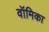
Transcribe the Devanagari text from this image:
वॉमिका